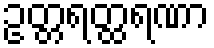
ဥတ္တရတ္ထရဏာ